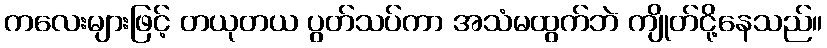
ကလေးများဖြင့် တယုတယ ပွတ်သပ်ကာ အသံမထွက်ဘဲ ကျိုတ်ငို့နေသည်။